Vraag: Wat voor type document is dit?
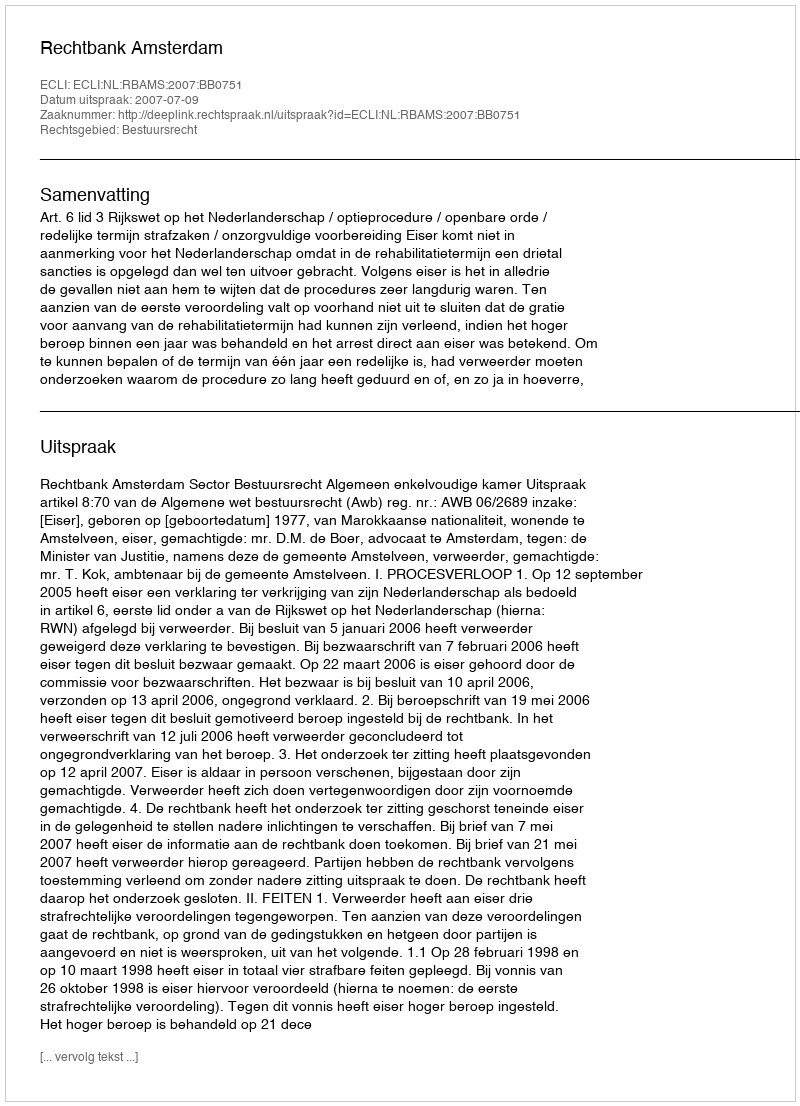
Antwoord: Uitspraak